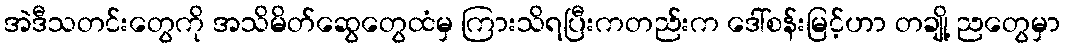
အဲဒီသတင်းတွေကို အသိမိတ်ဆွေတွေထံမှ ကြားသိရပြီးကတည်းက ဒေါ်စန်းမြင့်ဟာ တချို့ ညတွေမှာ